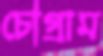
চৌগ্রাম